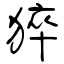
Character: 猝